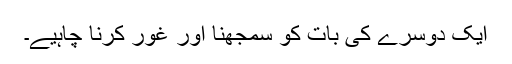
ایک دوسرے کی بات کو سمجھنا اور غور کرنا چاہیے۔